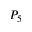
P _ { 5 }